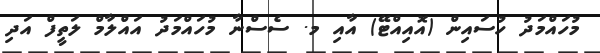
މުހައްމަދު ހުސައިން (އޮއިއްޓޭ) އާއި މ. ސެސްނާ މުހައްމަދު އައްލާމް ލަތީފް އަދި